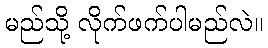
မည်သို့ လိုက်ဖက်ပါမည်လဲ။